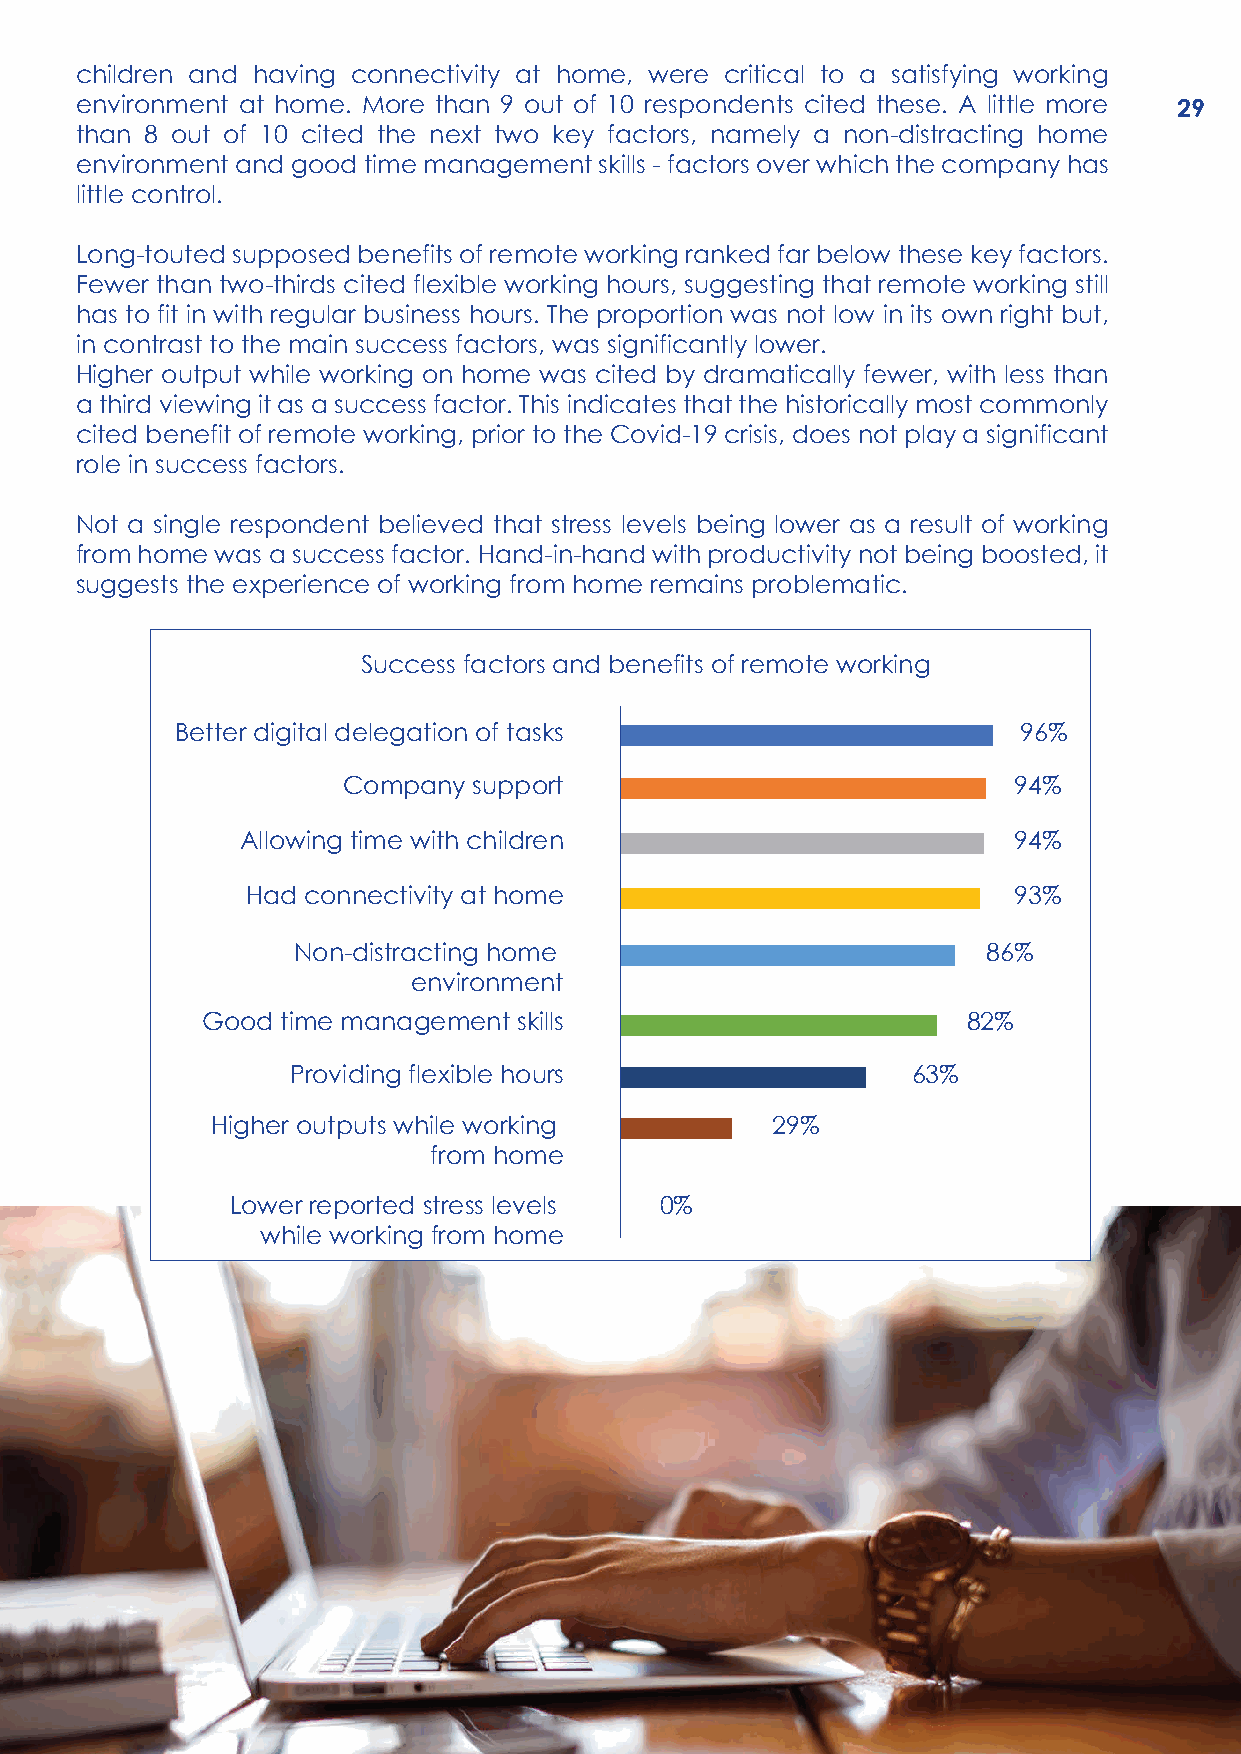
children and having connectivity at home, were critical to a satisfying working
 environment at home. More than 9 out of 10 respondents cited these. A little more 29
 than 8 out of 10 cited the next two key factors, namely a non-distracting home
 environment and good time management skills - factors over which the company has
 little control.
 Long-touted supposed benefits of remote working ranked far below these key factors.
 Fewer than two-thirds cited flexible working hours, suggesting that remote working still
 has to fit in with regular business hours. The proportion was not low in its own right but,
 in contrast to the main success factors, was significantly lower.
 Higher output while working on home was cited by dramatically fewer, with less than
 a third viewing it as a success factor. This indicates that the historically most commonly
 cited benefit of remote working, prior to the Covid-19 crisis, does not play a significant
 role in success factors.
 Not a single respondent believed that stress levels being lower as a result of working
 from home was a success factor. Hand-in-hand with productivity not being boosted, it
 suggests the experience of working from home remains problematic.
 Success factors and benefits of remote working
 Better digital delegation of tasks                      96%
 Company support                             94%
 Allowing time with children                        94%
 Had connectivity at home                           93%
 Non-distracting home                          86%
 environment
 Good  time management skills                       82%
 Providing flexible hours                 63%
 Higher outputs while working         29%
 from home
 Lower reported stress levels 0%
 while working from home